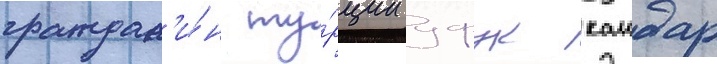
граждан'и́н ту́рции уфук каидар